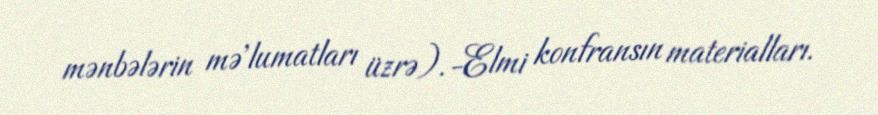
mənbələrin mə'lumatları üzrə).-Elmi konfransın materialları.